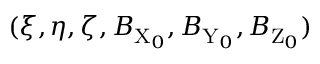
( \xi , \eta , \zeta , B _ { \mathrm { X } _ { 0 } } , B _ { \mathrm { Y } _ { 0 } } , B _ { \mathrm { Z } _ { 0 } } )